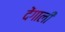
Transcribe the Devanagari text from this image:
देंगाली